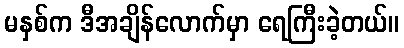
မနှစ်က ဒီအချိန်လောက်မှာ ရေကြီးခဲ့တယ်။